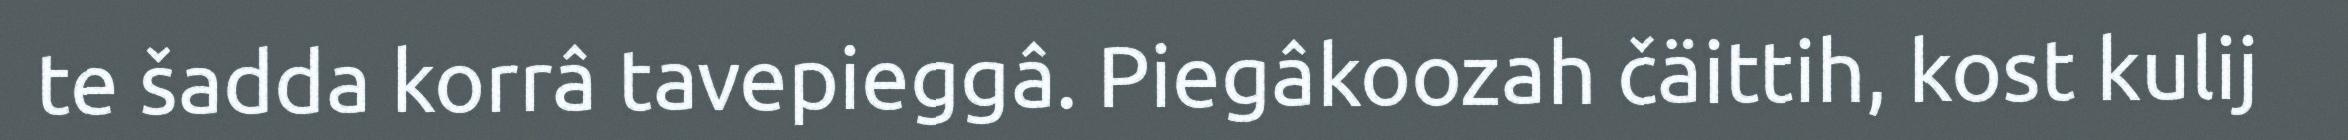
te šadda korrâ tavepieggâ. Piegâkoozah čäittih, kost kulij